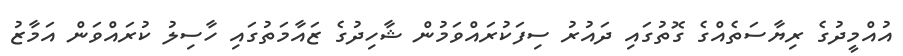
އުއްމީދުގެ ރިޔާސަތެއްގެ ގޮތުގައި ދައުރު ސިފަކުރައްވަމުން ޝާހިދުގެ ޒައާމަތުގައި ހާސިލު ކުރައްވަން އަމާޒު